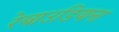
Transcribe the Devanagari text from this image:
रेबाउडियाना